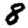
Digit: 8